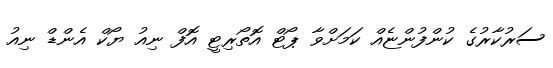
ސަރުކާރުގެ ކުންފުންޏެއް ކަމަށްވާ ޕޯޓް އޮތޯރިޓީ އޮފް ނިއު ޔޯކް އެންޑް ނިއު